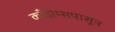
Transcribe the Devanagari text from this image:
काँडोम्सपासून